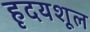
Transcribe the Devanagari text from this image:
हृदयशूल